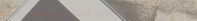
قهوة الصباح في مقهى النيل